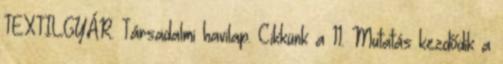
TEXTILGYÁR. Társadalmi havilap. Cikkünk a 11. Mutatás kezdődik a